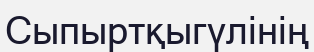
Сыпыртқыгүлінің